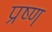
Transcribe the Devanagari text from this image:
प्रष्ण